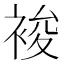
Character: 𧚉